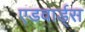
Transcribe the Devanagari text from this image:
एडवार्ड्स